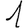
Digit: 1